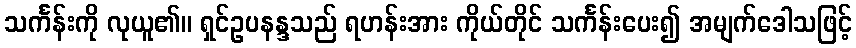
သင်္ကန်းကို လုယူ၏။ ရှင်ဥပနန္ဒသည် ရဟန်းအား ကိုယ်တိုင် သင်္ကန်းပေး၍ အမျက်ဒေါသဖြင့်